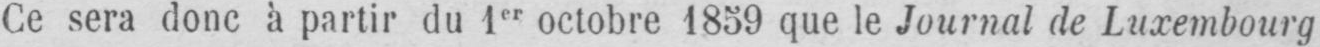
Ce sera donc à partir du 1er octobre 1859 que le Journal de Luxembourg